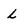
Character: L